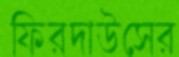
ফিরদাউসের